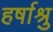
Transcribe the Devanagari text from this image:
हर्षाश्रु